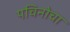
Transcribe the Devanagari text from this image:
पचिनोचा